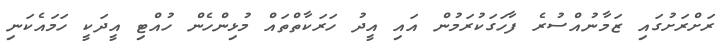
ރަށްރަށުގައި ޒަމާނުއްސުރެ ފާހަގަކުރަމުން އައި އީދު ހަރަކާތްތައް މުޅިންހެން ހުއްޓި އީދަކީ ހަމައެކަނި